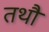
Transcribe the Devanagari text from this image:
तथौ